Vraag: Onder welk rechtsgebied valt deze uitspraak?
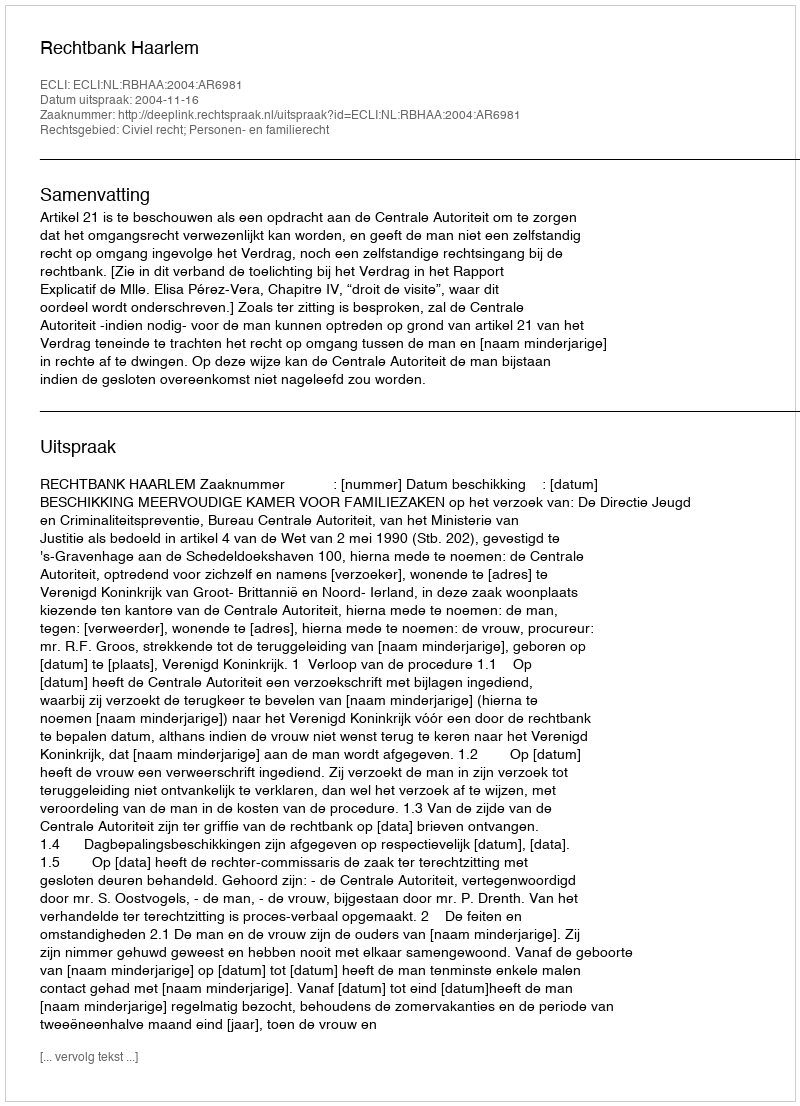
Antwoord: Civiel recht; Personen- en familierecht